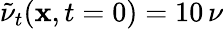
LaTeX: \tilde{\nu}_{t}({\mathbf{x}},t=0)=10\, \nu